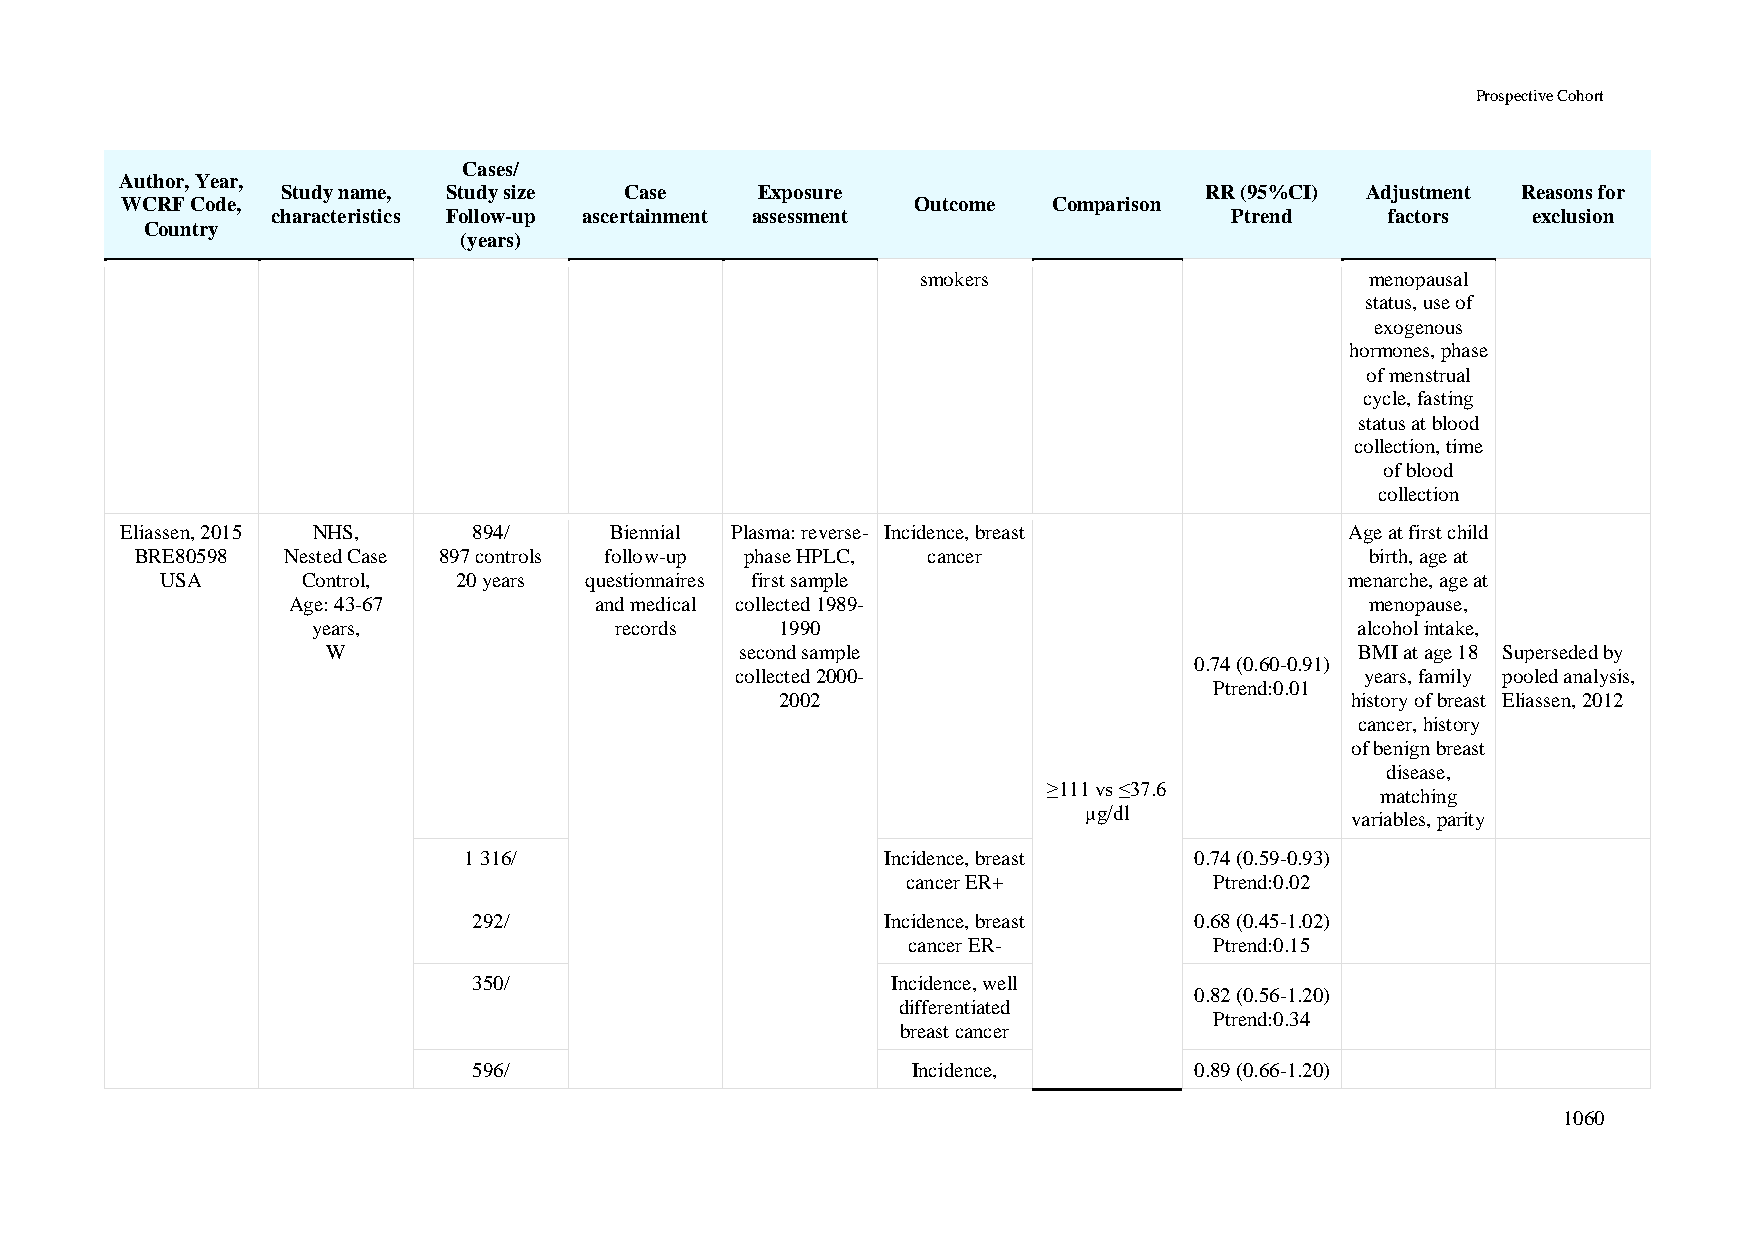
Prospective Cohort
 Cases/
 Author, Year,
 Study name, Study size Case    Exposure                      RR (95%CI) Adjustment Reasons for
 WCRF Code,                                           Outcome  Comparison
 characteristics Follow-up ascertainment assessment              Ptrend    factors  exclusion
 Country
 (years)
 smokers                       menopausal
 status, use of
 exogenous
 hormones, phase
 of menstrual
 cycle, fasting
 status at blood
 collection, time
 of blood
 collection
 Eliassen, 2015 NHS,    894/     Biennial Plasma: reverse- Incidence, breast      Age at first child
 BRE80598  Nested Case 897 controls follow-up phase HPLC, cancer                   birth, age at
 USA      Control,  20 years questionnaires first sample                       menarche, age at
 Age: 43-67          and medical collected 1989-                         menopause,
 years,              records    1990                                  alcohol intake,
 W                          second sample                            BMI at age 18 Superseded by
 0.74 (0.60-0.91)
 collected 2000-                          years, family pooled analysis,
 Ptrend:0.01
 2002                                 history of breast Eliassen, 2012
 cancer, history
 of benign breast
 disease,
 ≥111 vs ≤37.6
 matching
 μg/dl
 variables, parity
 1 316/                      Incidence, breast   0.74 (0.59-0.93)
 cancer ER+          Ptrend:0.02
 292/                        Incidence, breast   0.68 (0.45-1.02)
 cancer ER-          Ptrend:0.15
 350/                        Incidence, well
 0.82 (0.56-1.20)
 differentiated
 Ptrend:0.34
 breast cancer
 596/                         Incidence,         0.89 (0.66-1.20)
 1060